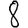
Digit: 8